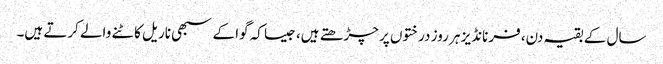
سال کے بقیہ دن، فرنانڈیز ہر روز درختوں پر چڑھتے ہیں، جیسا کہ گوا کے سبھی ناریل کاٹنے والے کرتے ہیں۔